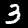
Digit: 3